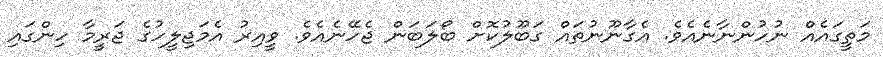
މަތީގައެއް ނުހުންނާނެއެވެ. އެގާނޫނުތައް ގަބޫލުކޮށް ބޯލަބަން ޖެހޭނެއެވެ. ވީއިރު އެމަޖިލީހުގެ ޖަރީމާ ހިންގައި